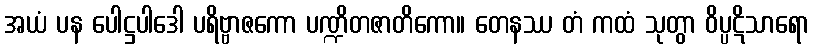
အယံ ပန ပေါဋ္ဌပါဒေါ ပရိဗ္ဗာဇကော ပဏ္ဍိတဇာတိကော။ တေနဿ တံ ကထံ သုတွာ ဝိပ္ပဋိသာရော